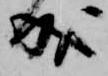
成